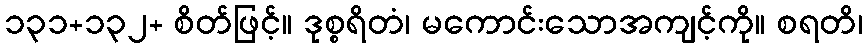
၁၃၁+၁၃၂+ စိတ်ဖြင့်။ ဒုစ္စရိတံ၊ မကောင်းသောအကျင့်ကို။ စရတိ၊